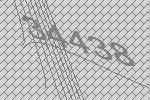
34438